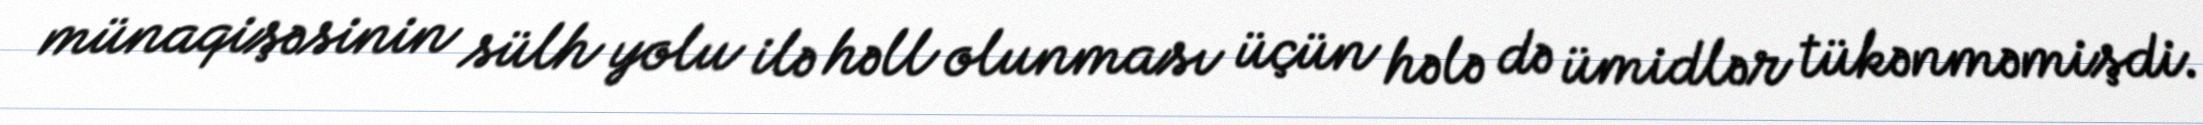
münaqişəsinin sülh yolu ilə həll olunması üçün hələ də ümidlər tükənməmişdi.